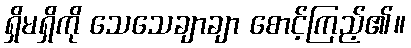
ရှိမရှိကို သေသေချာချာ စောင့်ကြည့်၏။